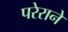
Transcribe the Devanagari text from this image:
परेराने